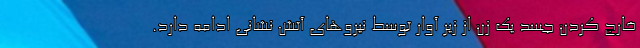
خارج کردن جسد یک زن از زیر آوار توسط نیروهای آتش نشانی ادامه دارد.